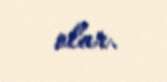
olar.